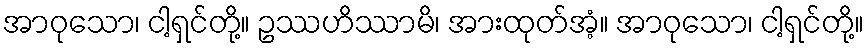
အာဝုသော၊ ငါ့ရှင်တို့။ ဥဿဟိဿာမိ၊ အားထုတ်အံ့။ အာဝုသော၊ ငါ့ရှင်တို့။